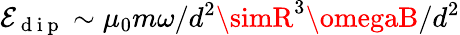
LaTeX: \mathcal{E}_{\mathrm{{~d~i~p~}}}\sim\mu_{0}m\omega/d^{2}\simR^{3}\omegaB/d^{2}